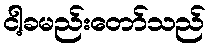
ငါ့ခမည်းတော်သည်